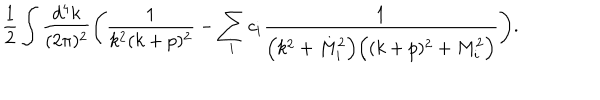
\frac { 1 } { 2 } \int \frac { d ^ { 4 } k } { ( 2 \pi ) ^ { 2 } } \Bigg ( \frac { 1 } { k ^ { 2 } ( k + p ) ^ { 2 } } - \sum _ { i } c _ { i } \frac { 1 } { \Big ( k ^ { 2 } + M _ { i } ^ { 2 } \Big ) \Big ( ( k + p ) ^ { 2 } + M _ { i } ^ { 2 } \Big ) } \Bigg ) .